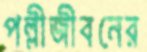
পল্লীজীবনের